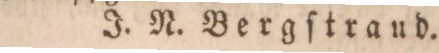
J. N. Bergſtraud.